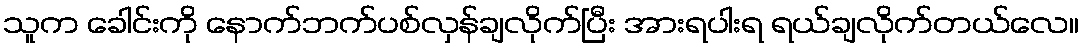
သူက ခေါင်းကို နောက်ဘက်ပစ်လှန်ချလိုက်ပြီး အားရပါးရ ရယ်ချလိုက်တယ်လေ။